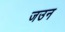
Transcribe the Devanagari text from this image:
जउन